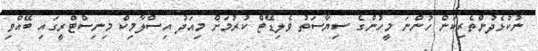
ނުކުޅެދުންތެރިކަން ހުންނަ މީހުންގެ ސިޔާސަތު ވެލިޑޭޓް ކުރުމަށް މިއަދު އިސްލާމިކް މިނިސްޓްރީގައި ބޭއްވި